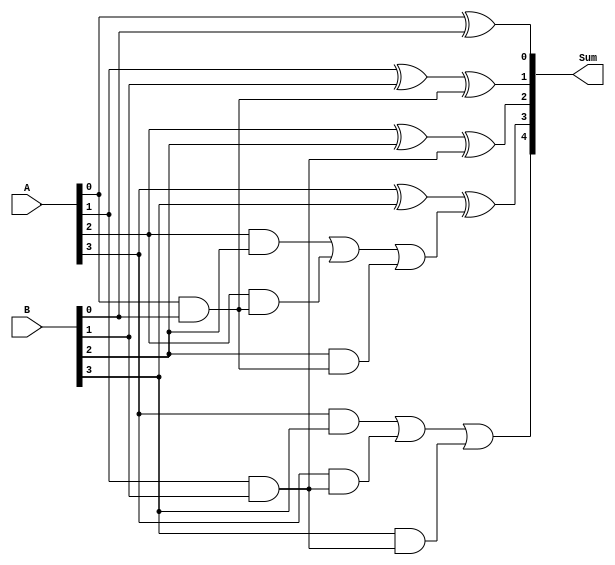
module carry_skip_adder (
    input [3:0] A,
    input [3:0] B,
    output [4:0] Sum
);

reg [4:0] Sum;
reg [4:0] C;

always @* begin
    C[0] = 1'b0;
    C[1] = (A[0] & B[0]);
    C[2] = (A[1] & B[1]) | (A[1] & C[0]) | (B[1] & C[0]);
    C[3] = (A[2] & B[2]) | (A[2] & C[1]) | (B[2] & C[1]);
    C[4] = (A[3] & B[3]) | (A[3] & C[2]) | (B[3] & C[2]);
    
    Sum[0] = A[0] ^ B[0] ^ C[0];
    Sum[1] = A[1] ^ B[1] ^ C[1];
    Sum[2] = A[2] ^ B[2] ^ C[2];
    Sum[3] = A[3] ^ B[3] ^ C[3];
    Sum[4] = C[4];
end

endmodule